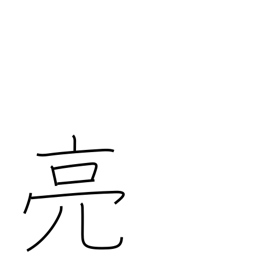
Meaning: help